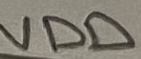
Text: VDD